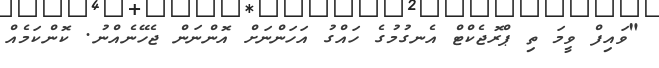
"ވައިފް ވީމަ ތި ޕްރޮޖެކްޓް އެނގުމުގެ ހައްގު އަހަންނަށް އޮންނަން ޖެހޭނެއްނު. ކޮންކަމެއް